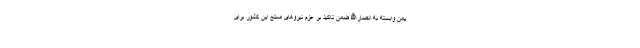
یمن وابسته به انصارالله ضمن تاکید بر عزم نیروهای مسلح این کشور برای